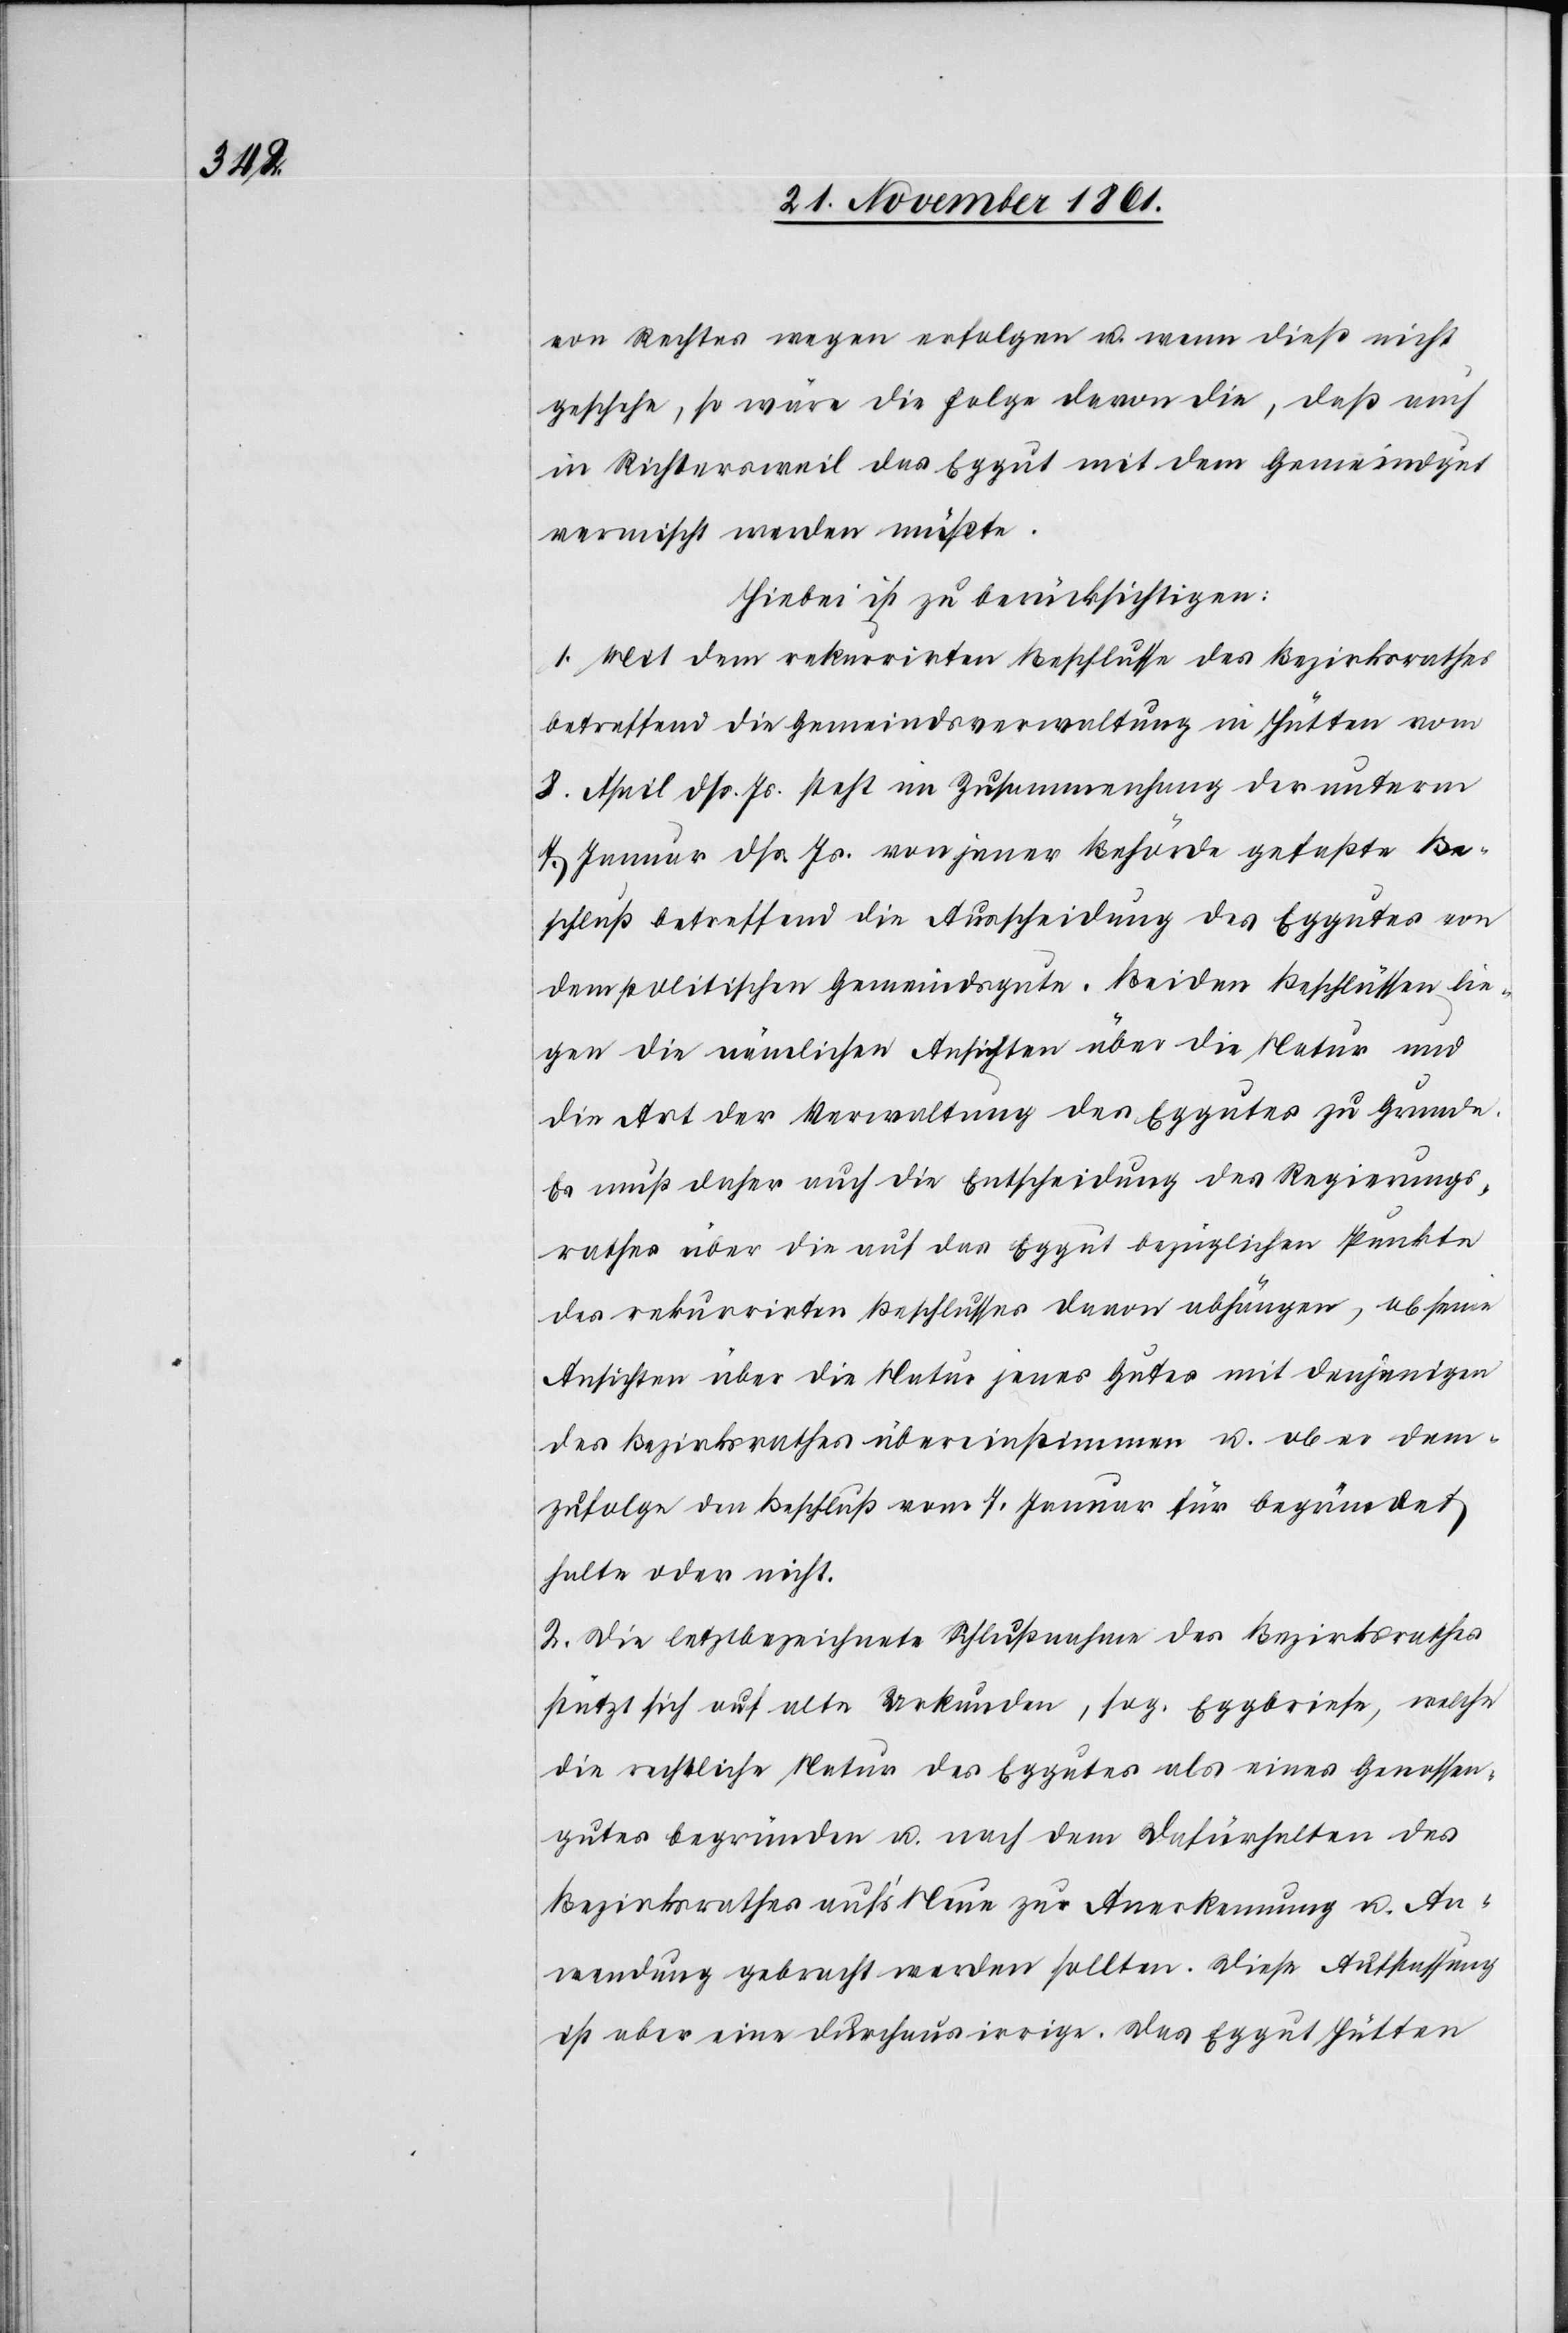
von Rechtes wegen erfolgen u. wenn dieß nicht
geschehe, so wäre die Folge davon die, daß auch
in Richtersweil das Eggut mit dem Gemeindgut
vermischt werden müßte.
Hiebei ist zu berücksichtigen:
1. Mit dem rekurrirten Beschlusse des Bezirksrathes
betreffend die Gemeindsverwaltung in Hütten vom
8 April dß. Js. steht in Zusammenhang der unterm
7 Januar dß. Js. von jener Behörde gefaßte Be¬
schluß betreffend die Ausscheidung des Eggutes von
dem politischen Gemeindgute. Beiden Beschlüssen lie¬
gen die nämlichen Ansichten über die Natur und
die Art der Verwaltung des Eggutes zu Grunde.
Es muß daher auch die Entscheidung des Regierungs¬
rathes über die auf das Eggut bezüglichen Punkte
des rekurrirten Beschlusses davon abhängen, ob seine
Ansichten über die Natur jenes Gutes mit denjenigen
des Bezirksrathes übereinstimmen u. ob er dem¬
zufolge den Beschluß vom 7 Januar für begründet
halte oder nicht.
2. Die letztbezeichnete Schlußnahme des Bezirksrathes
stützt sich auf alte Urkunden, sog. Eggbriefe, welche
die rechtliche Natur des Eggutes als eines Genossen¬
gutes begründen u. nach dem Dafürhalten des
Bezirksrathes auf’s Neue zu Anerkennung u. An¬
wendung gebracht werden sollten. Diese Auffassung
ist aber eine durchaus irrige. Das Eggut Hütten